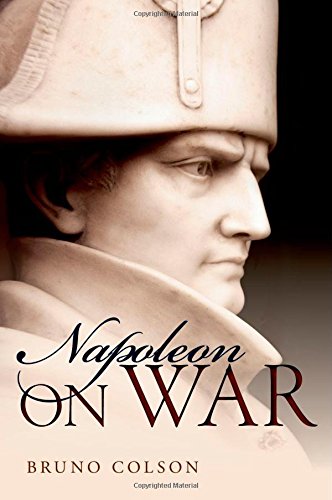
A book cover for Napoleon: On War; History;